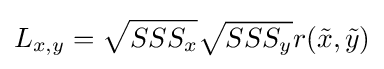
L_{x,y}={\sqrt {SSS_{x}}}{\sqrt {SSS_{y}}}r({\tilde {x}},{\tilde {y}})